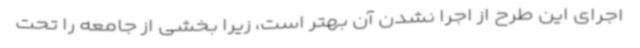
اجرای این طرح از اجرا نشدن آن بهتر است، زیرا بخشی از جامعه را تحت